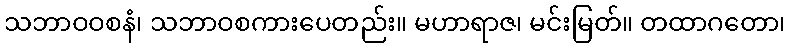
သဘာဝဝစနံ၊ သဘာဝစကားပေတည်း။ မဟာရာဇ၊ မင်းမြတ်။ တထာဂတော၊